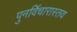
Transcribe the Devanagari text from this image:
पुनर्विचारास्तव